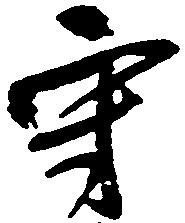
守